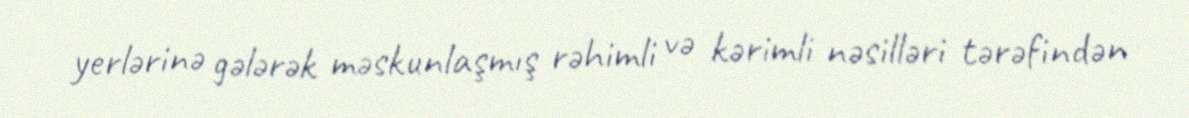
yerlərinə gələrək məskunlaşmış rəhimli və kərimli nəsilləri tərəfindən